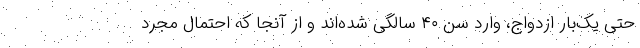
حتی یک‌بار ازدواج، وارد سن ۴۰ سالگی شده‌اند و از آنجا که احتمال مجرد